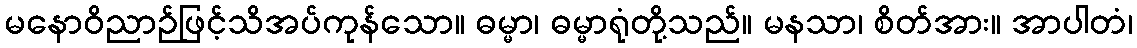
မနောဝိညာဉ်ဖြင့်သိအပ်ကုန်သော။ ဓမ္မာ၊ ဓမ္မာရုံတို့သည်။ မနသာ၊ စိတ်အား။ အာပါတံ၊